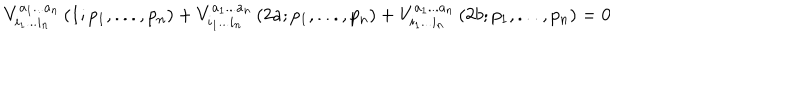
V _ { i _ { 1 } . . . i _ { n } } ^ { a _ { 1 } . . . a _ { n } } \left( 1 ; p _ { 1 } , . . . , p _ { n } \right) + V _ { i _ { 1 } . . . i _ { n } } ^ { a _ { 1 } . . . a _ { n } } \left( 2 a ; p _ { 1 } , . . . , p _ { n } \right) + V _ { i _ { 1 } . . . i _ { n } } ^ { a _ { 1 } . . . a _ { n } } \left( 2 b ; p _ { 1 } , . . . , p _ { n } \right) = 0